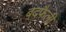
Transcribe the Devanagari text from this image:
बदफैली